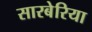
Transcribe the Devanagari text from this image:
सारबेरिया